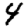
Digit: 4